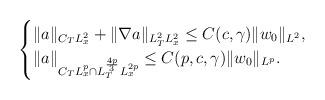
LaTeX: \begin{align*}\begin{cases}\|a\|_{C_{T}L_{x}^{2}}+\|\nabla a\|_{L_{T}^{2}L_{x}^{2}}\leq C(c,\gamma)\|w_{0}\|_{L^{2}},\\\|a\|_{C_{T}L_{x}^{p}\cap L_{T}^{\frac{4p}{3}}L_{x}^{2p}}\leq C(p,c,\gamma)\|w_{0}\|_{L^{p}}.\end{cases}\end{align*}